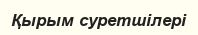
Қырым суретшілері